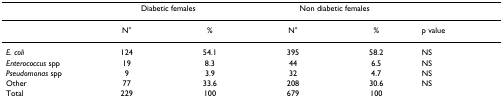
|  | <COLSPAN=2> Diabetic females | <COLSPAN=2> Non diabetic females |  |
 | --- | --- | --- | --- | --- | --- |
 |  | N° | % | N° | % | p value |
 | E. coli | 124 | 54.1 | 395 | 58.2 | NS |
 | Enterococcus spp | 19 | 8.3 | 44 | 6.5 | NS |
 | Pseudomonas spp | 9 | 3.9 | 32 | 4.7 | NS |
 | Other | 77 | 33.6 | 208 | 30.6 | NS |
 | Total | 229 | 100 | 679 | 100 |  |